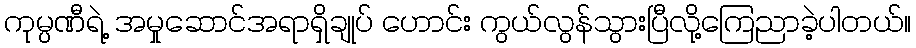
ကုမ္ပဏီရဲ့ အမှုဆောင်အရာရှိချုပ် ဟောင်း ကွယ်လွန်သွားပြီလို့ကြေညာခဲ့ပါတယ်။